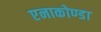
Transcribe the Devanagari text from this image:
एनाकोण्डा